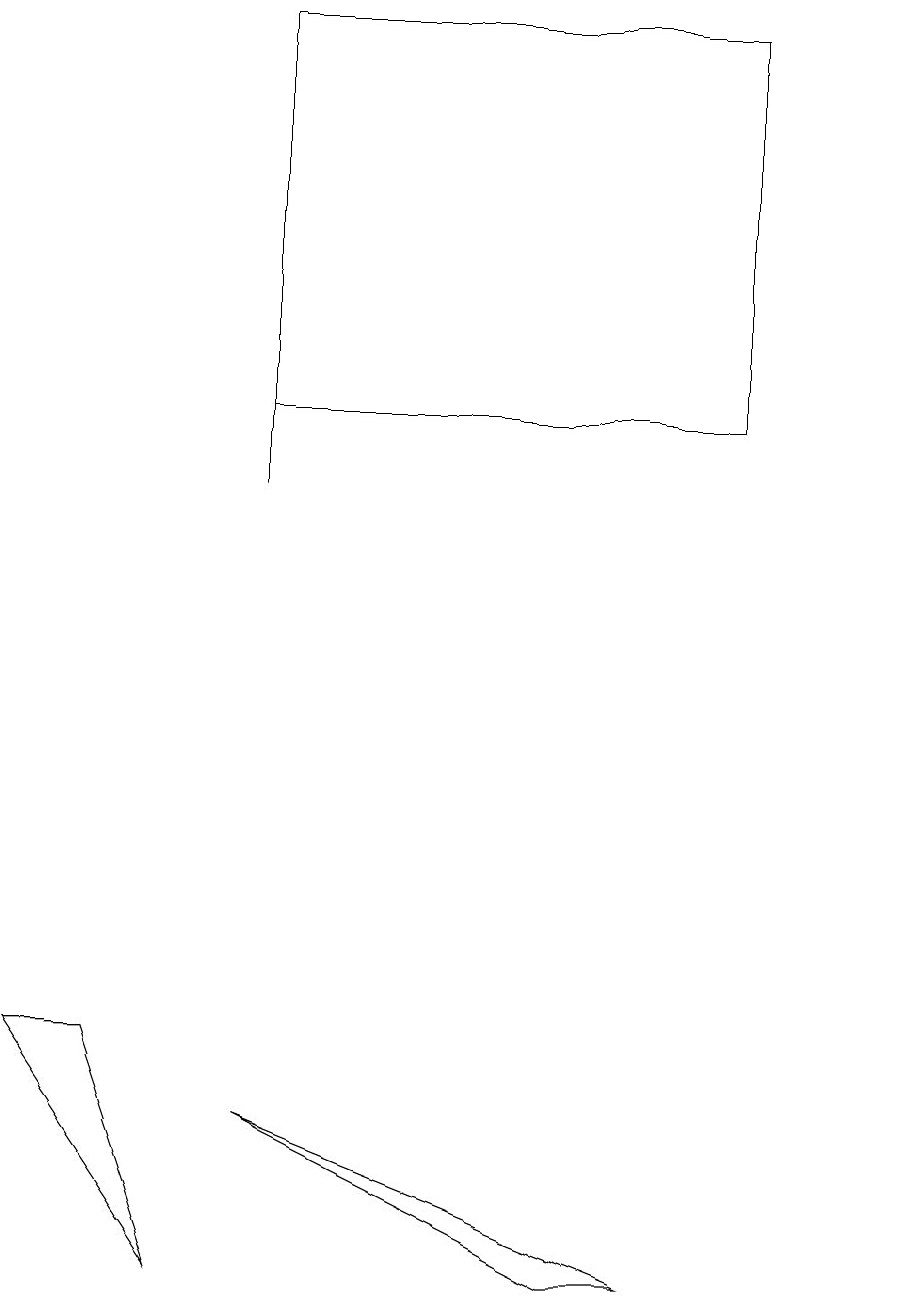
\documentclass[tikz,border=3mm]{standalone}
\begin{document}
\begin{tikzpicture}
\draw (0,5) -- (2,2) -- (1,5) -- cycle;
\draw (7,2) -- (8,2) -- (3,4) -- cycle;
\draw (3,12) rectangle (3,16);
\draw (11,12) circle (0);
\draw (9,13) rectangle (3,18);
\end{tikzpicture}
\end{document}